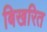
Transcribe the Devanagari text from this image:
बिखरित